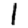
Digit: 1